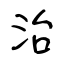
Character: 治